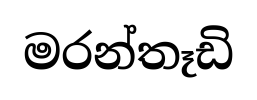
මරන්තෑඩි